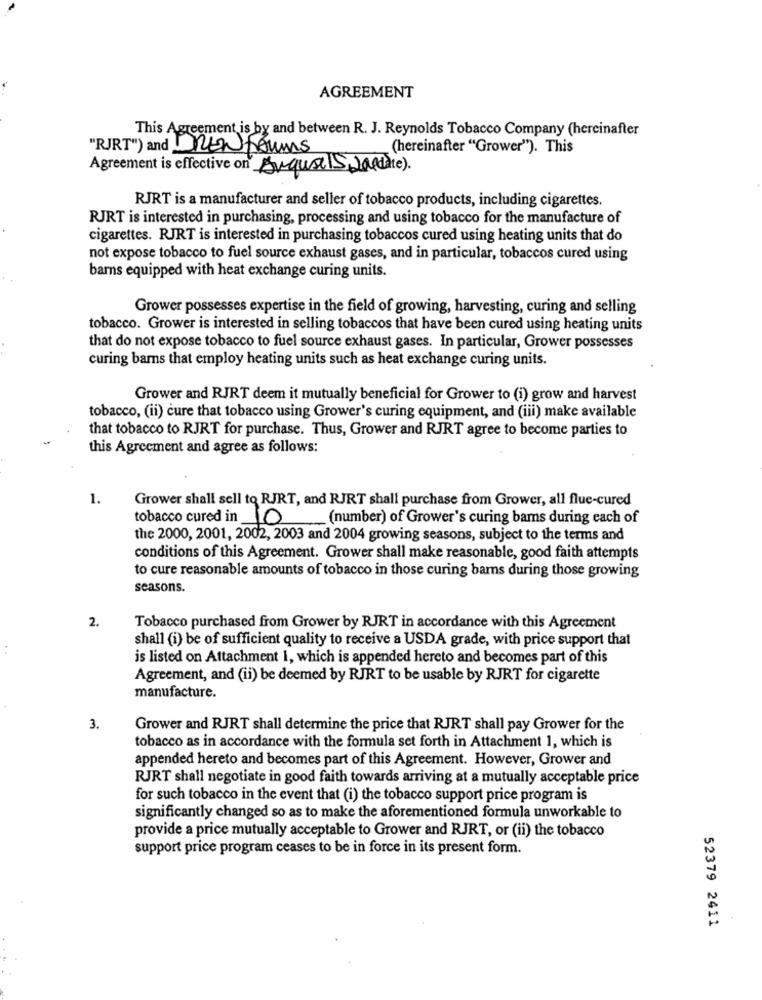
AGREEMENT
This Agreement is by and between R. J. Reynolds Tobacco Company (hercinafter
"RJRT") and DRENforms
(hereinafter "Grower"). This
Agreement is effective on August IS Ja(die ).
RJRT is a manufacturer and seller of tobacco products, including cigarettes.
RJRT is interested in purchasing, processing and using tobacco for the manufacture of
cigarettes. RJRT is interested in purchasing tobaccos cured using heating units that do
not expose tobacco to fuel source exhaust gases, and in particular, tobaccos cured using
barns equipped with heat exchange curing units.
Grower possesses expertise in the field of growing, harvesting, curing and selling
tobacco. Grower is interested in selling tobaccos that have been cured using heating units
that do not expose tobacco to fuel source exhaust gases. In particular, Grower possesses
curing bars that employ heating units such as heat exchange curing units.
Grower and RJRT deem it mutually beneficial for Grower to (i) grow and harvest
tobacco, (ii) cure that tobacco using Grower's curing equipment, and (iii) make available
that tobacco to RJRT for purchase. Thus, Grower and RJRT agree to become parties to
this Agreement and agree as follows:
1.
Grower shall sell to RJRT, and RJRT shall purchase from Grower, all flue-cured
tobacco cured in 10
(number) of Grower's curing bams during each of
the 2000, 2001, 2002, 2003 and 2004 growing seasons, subject to the terms and
conditions of this Agreement. Grower shall make reasonable, good faith attempts
to cure reasonable amounts of tobacco in those curing bars during those growing
seasons.
2.
Tobacco purchased from Grower by RJRT in accordance with this Agreement
shall (i) be of sufficient quality to receive a USDA grade, with price support that
is listed on Attachment 1, which is appended hereto and becomes part of this
Agreement, and (ii) be deemed by RJRT to be usable by RJRT for cigarette
manufacture.
3.
Grower and RJRT shall determine the price that RJRT shall pay Grower for the
tobacco as in accordance with the formula set forth in Attachment 1, which is
appended hereto and becomes part of this Agreement. However, Grower and
RJRT shall negotiate in good faith towards arriving at a mutually acceptable price
for such tobacco in the event that (i) the tobacco support price program is
significantly changed so as to make the aforementioned formula unworkable to
provide a price mutually acceptable to Grower and RJRT, or (ii) the tobacco
support price program ceases to be in force in its present form.
52379 2411